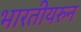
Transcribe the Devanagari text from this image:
भारतीयरुन